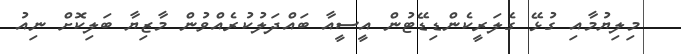
މިލިޔުމާއި ގުޅޭ ގެލަރީކެންޑިޑޭޓުން އީސީއާ ބައްދަލުކުރެއްވުން މާޒިޔާ ބަލިކޮށް ނިއު